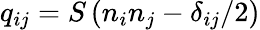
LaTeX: q_{ij}=S\left({n}_{i}n_{j}-\delta_{ij}/2\right)